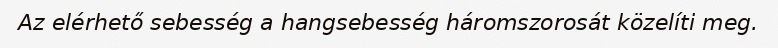
Az elérhető sebesség a hangsebesség háromszorosát közelíti meg.